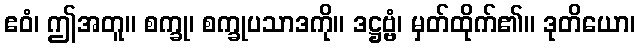
ဧဝံ၊ ဤအတူ။ စက္ခု၊ စက္ခုပသာဒကို။ ဒဋ္ဌဗ္ဗံ၊ မှတ်ထိုက်၏။ ဒုတိယော၊